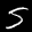
Label: 5